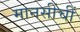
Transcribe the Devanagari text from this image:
मानसींचीं